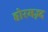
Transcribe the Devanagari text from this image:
होरमज़्द